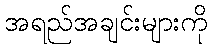
အရည်အချင်းများကို